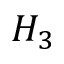
H _ { 3 }